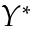
Y ^ { \ast }